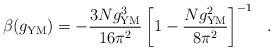
LaTeX: \begin{align*}\beta(g_{\rm YM})=-\frac{3Ng_{\rm YM}^3}{16\pi^2}\left[{1-\frac{Ng_{\rm YM}^2}{8\pi^2}}\right]^{-1}~~.\end{align*}